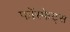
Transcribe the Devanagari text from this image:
फॉस्फेट्स